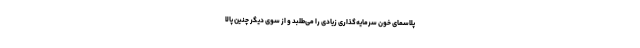
پلاسمای خون سرمایه‌گذاری زیادی را می‌طلبد و از سوی دیگر چنین پالا